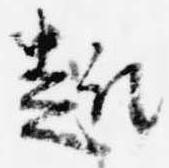
趣